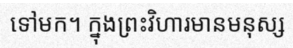
ទៅមក។ ក្នុងព្រះវិហារមានមនុស្ស